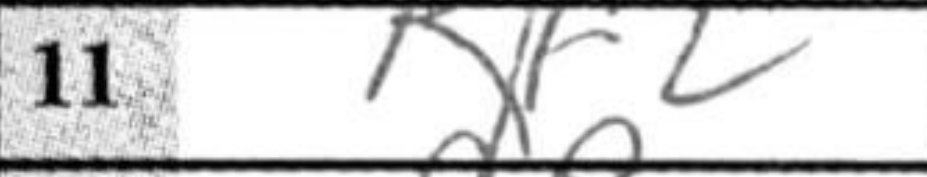
Transcription: Kf2